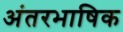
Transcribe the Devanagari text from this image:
अंतरभाषिक